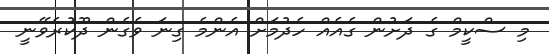
މި ސްކީމް ގެ ދަށުން ގެއެއް ހެދުމަށް އެންމެ ގިނަ ވެގެން ދޫކުރެވޭނީ